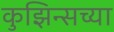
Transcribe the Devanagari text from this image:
कुझिन्सच्या